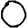
Digit: 0